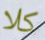
كلا